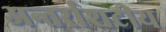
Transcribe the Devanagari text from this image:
अन्तर्राशटीय